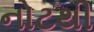
નોટથી